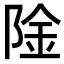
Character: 𬯉